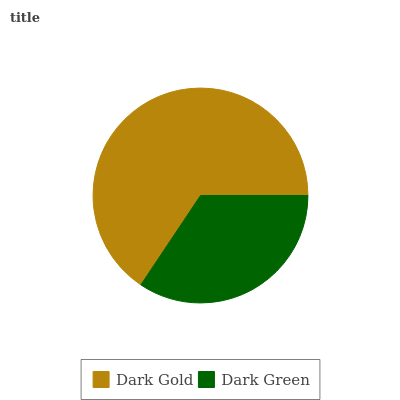
| Dark Gold | Dark Green |
 | --- | --- |
 | 65.6% | 34.4% |